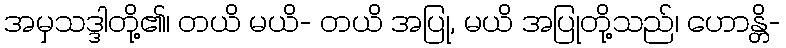
အမှသဒ္ဒါတို့၏၊ တယိ မယိ- တယိ အပြု, မယိ အပြုတို့သည်၊ ဟောန္တိ-